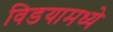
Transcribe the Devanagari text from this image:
विडयामध्ये